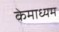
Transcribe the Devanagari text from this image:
केमाध्यम